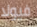
فيولا